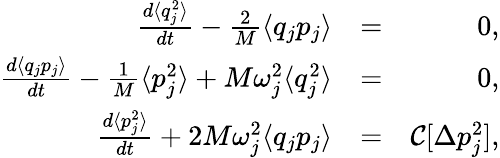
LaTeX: \begin{array}{rlr}{\frac{d\langle q_{j}^{2}\rangle}{dt}-\frac{2}{M}\langle q_{j}p_{j}\rangle}&{=}&{0,}\\ {\frac{d\langle q_{j}p_{j}\rangle}{dt}-\frac{1}{M}\langle p_{j}^{2}\rangle+M\omega_{j}^{2}\langle q_{j}^{2}\rangle}&{=}&{0,}\\ {\frac{d\langle p_{j}^{2}\rangle}{dt}+2M\omega_{j}^{2}\langle q_{j}p_{j}\rangle}&{=}&{\mathcal{C}[\Delta p_{j}^{2}],}\end{array}